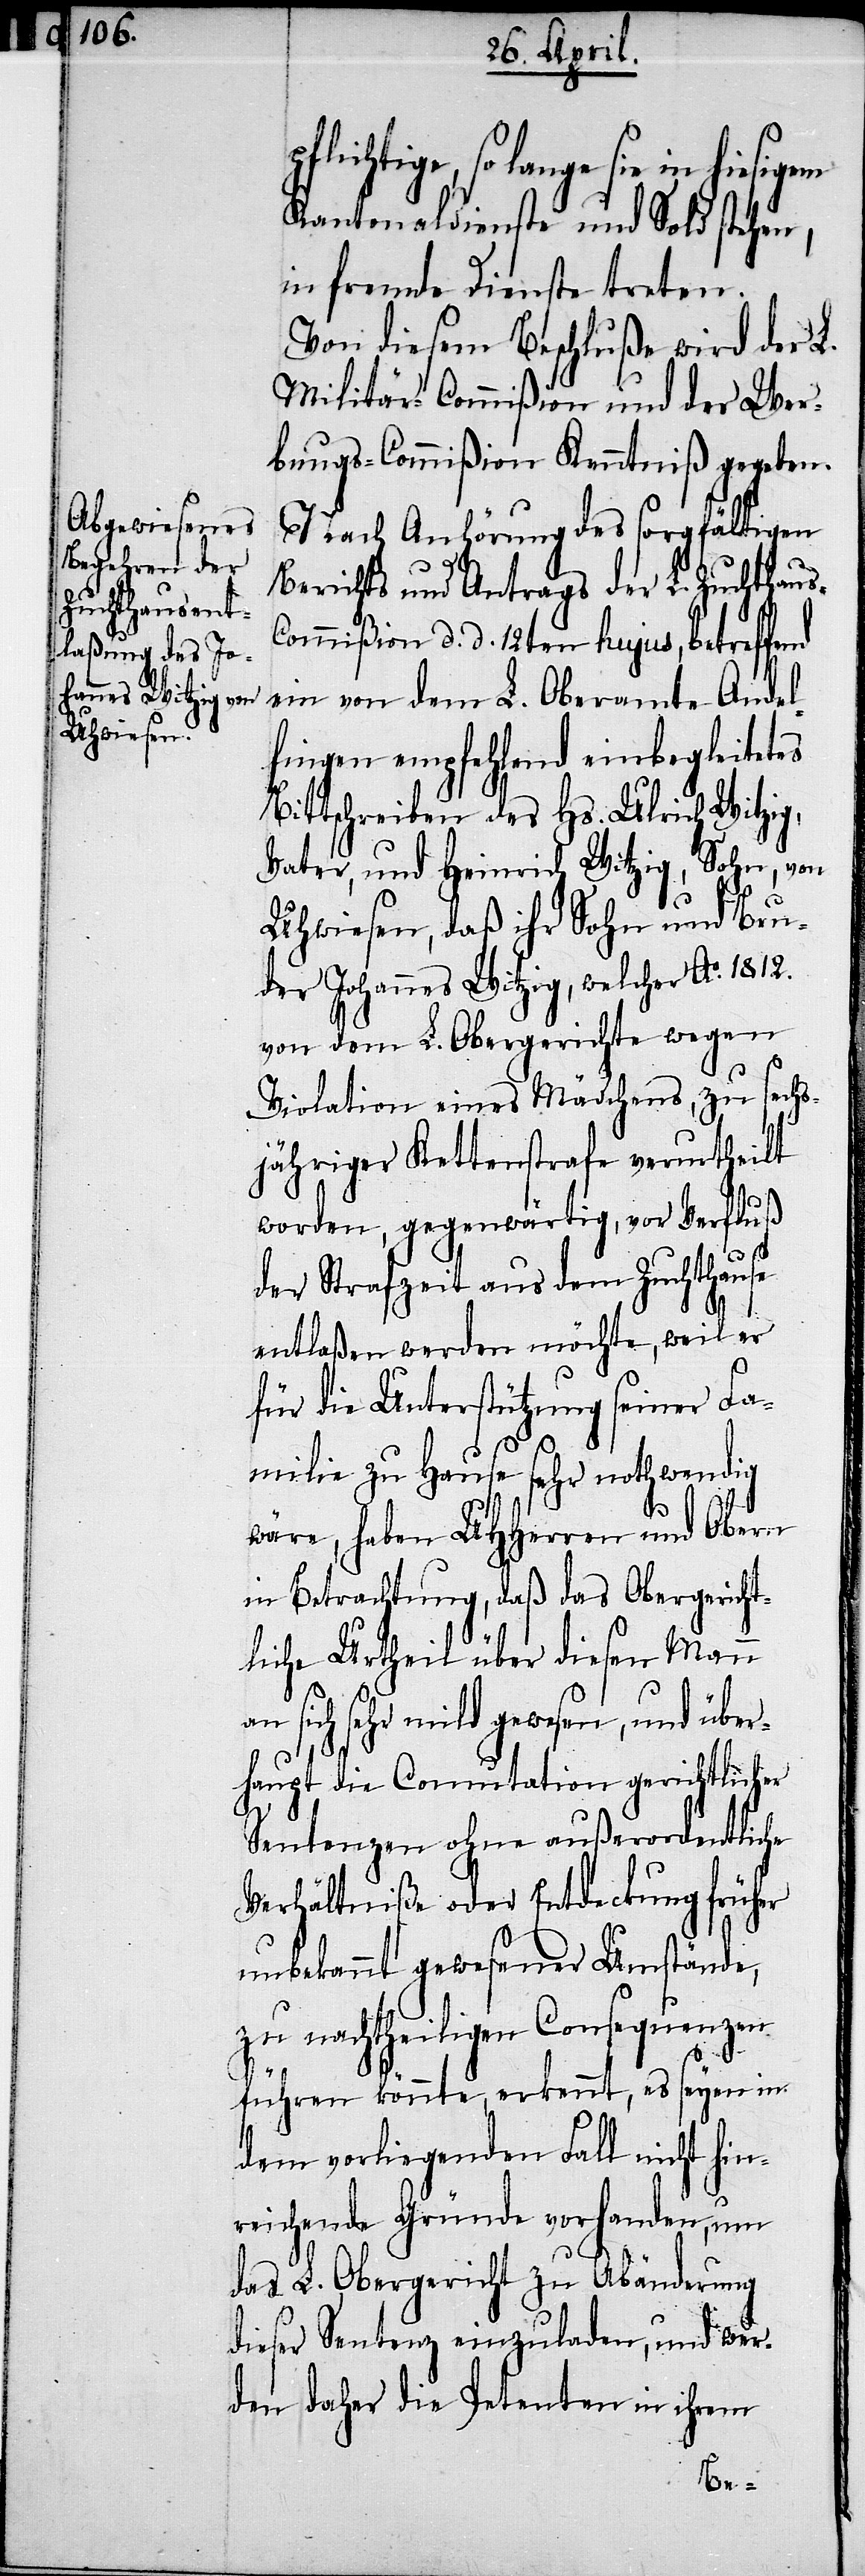
pflichtige so lange sie in hiesigem
Kantonaldienste und Sold stehen,
in fremde Dienste treten.
Von diesem Beschluße wird der L.
Militär.Commißion und der Wer¬
bungs-Commißion Kenntniß gegeben.
Nach Anhörung des sorgfältigen
Berichts und Antrags der L. Zuchthaus¬
commision d. d. 12ten hujus, betreffend
ein von dem L. Oberamte Andel¬
fingen empfehlend einbegleitetes
Bittschreiben des Hs. Ulrich Witzig,
Vater, und Heinrich Witzig, Sohn, von
Uhwiesen, daß ihr Sohn und Bru¬
der Johannes Witzig, welcher Ao. 1812.
von dem L. Obergerichte wegen
Violation eines Mädchens, zu sechs¬
jähriger Kettenstrafe verurtheilt
worden, gegenwärtig, vor Verfluß
der Strafzeit aus dem Zuchthause
für die Unterstützung seiner Fa¬
milie zu Hause sehr nothwendig
wäre, haben UHHerren und Obern
in Betrachtung, das das Obergericht¬
liche Urtheil über diesen Mann
an sich sehr mild gewesen, und über¬
haupt die Comutation gerichtlicher
Sentenzen ohne außerordentliche
Verhältniße oder Entdeckung früher
unbekannt gewesener Umstände,
zu nachtheiligen Consequenzen
führen könnte, erkennt, es seyen in
dem vorliegenden Fall nicht hin¬
reichende Gründe vorhanden, um
das L. Obergericht zu Abänderung
dieser Sentenz einzuladen, und wer¬
den daher die Petenten in ihrem